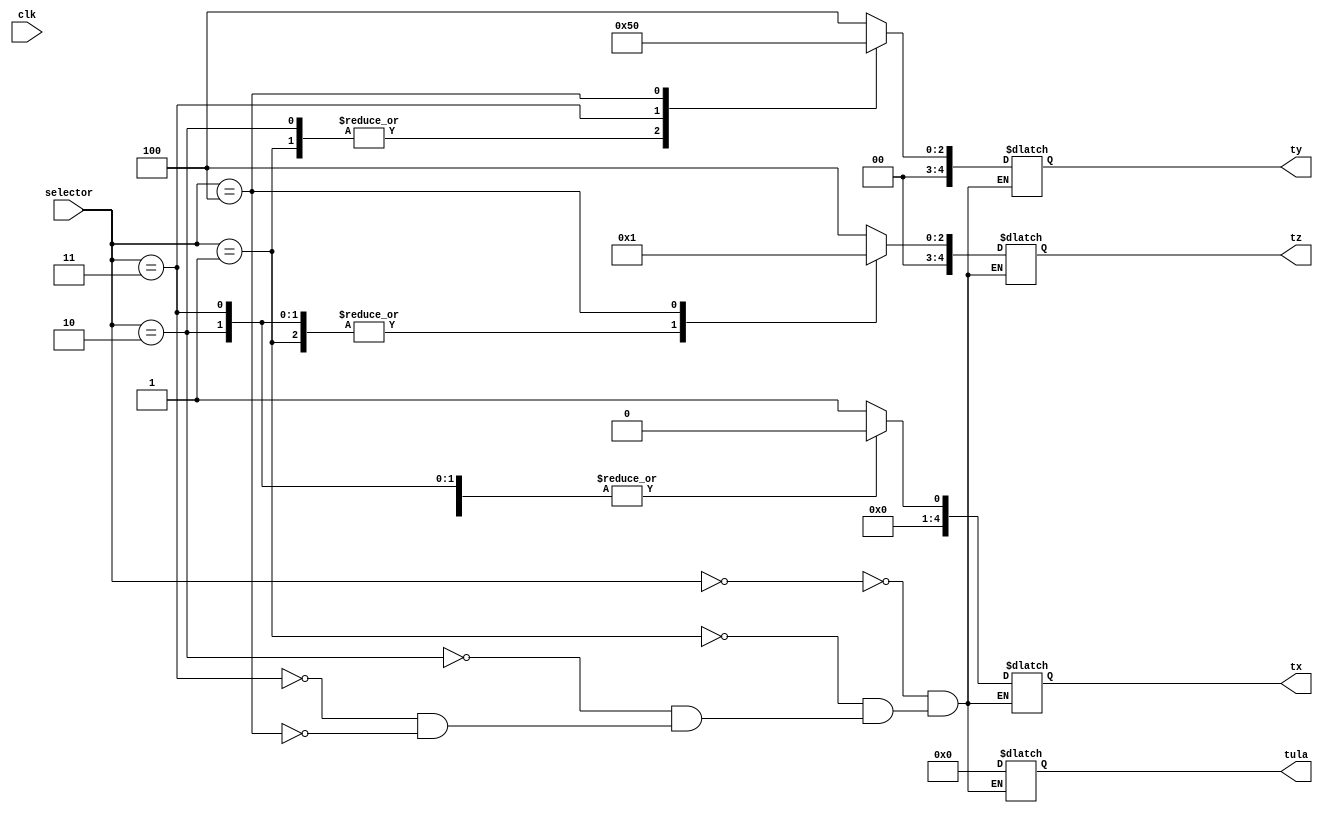
module controller(selector, clk, tx, ty, tz, tula);

	input wire [4:0] selector;
	input wire clk;
	output reg [4:0] tx, ty, tz, tula;
	
	parameter
    // Comandos
	mCLEARLD = 4'b0000,
	mADDLD = 4'b0001,
	mADD = 4'b0010,
	mSHTR = 4'b0011,
	mDISP = 4'b0100,
	
    // Comandos do registrador
	rHOLD = 4'b0000,
	rLOAD = 4'b0001,
	rSHIFTR = 4'b0010,
	rSHIFTL = 4'b0011,
	rCLEAR = 4'b0100,
	
    // Comandos da ULA
	uADD = 4'b0000;
	
	always begin
		case(selector)
			mCLEARLD: begin
				tx <= rLOAD;
				ty <= rCLEAR;
				tz <= rCLEAR;
				tula <= uADD;
			end
			mADDLD: begin
				tx <= rLOAD;
				ty <= rLOAD;
				tz <= rHOLD;
				tula <= uADD;
			end
			mADD: begin
				tx <= rHOLD;
				ty <= rLOAD;
				tz <= rHOLD;
				tula <= uADD;
			end
			mSHTR: begin
				tx <= rHOLD;
				ty <= rSHIFTR;
				tz <= rHOLD;
				tula <= uADD;
			end
			mDISP: begin
				tx <= rHOLD;
				ty <= rHOLD;
				tz <= rLOAD;
				tula <= uADD;
			end
		endcase
	end

endmodule